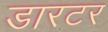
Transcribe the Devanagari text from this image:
डारटर